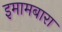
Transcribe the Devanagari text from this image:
इमामबारा